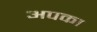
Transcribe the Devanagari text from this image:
अपका